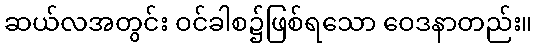
ဆယ်လအတွင်း ဝင်ခါစ၌ဖြစ်ရသော ဝေဒနာတည်း။